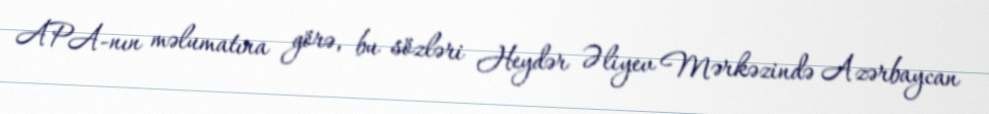
APA-nın məlumatına görə, bu sözləri Heydər Əliyev Mərkəzində Azərbaycan